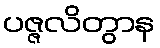
ပဇ္ဇလိတွာန